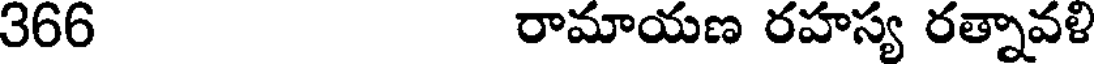
366 రామాయణ రహస్య రత్నావళి